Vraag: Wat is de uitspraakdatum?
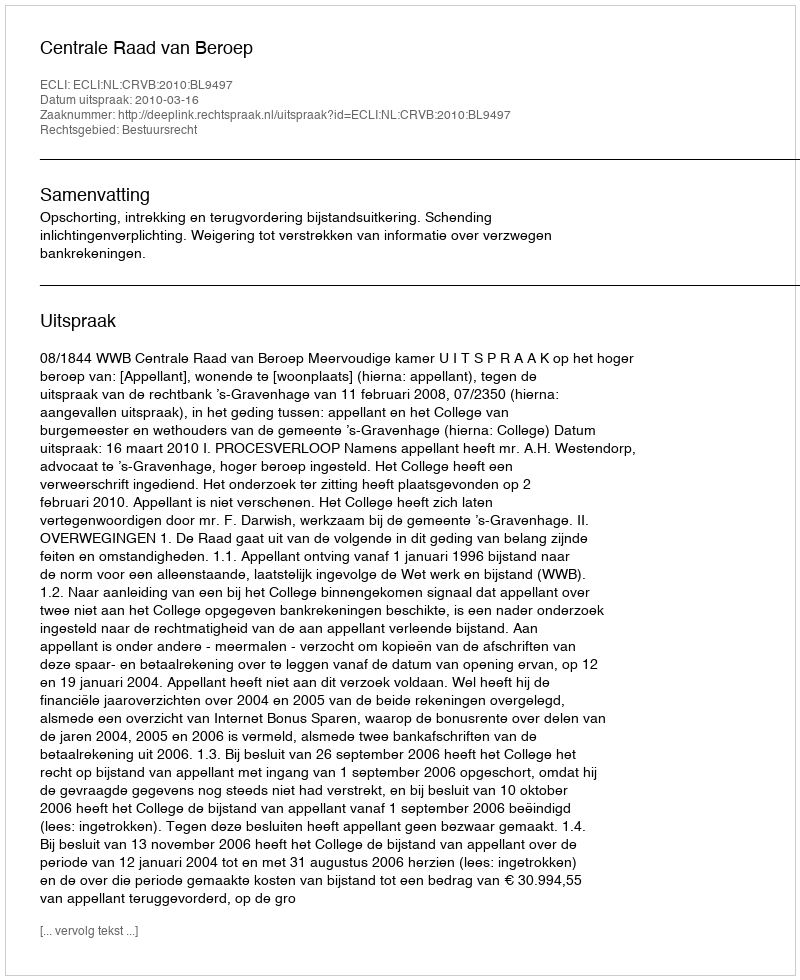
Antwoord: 2010-03-16